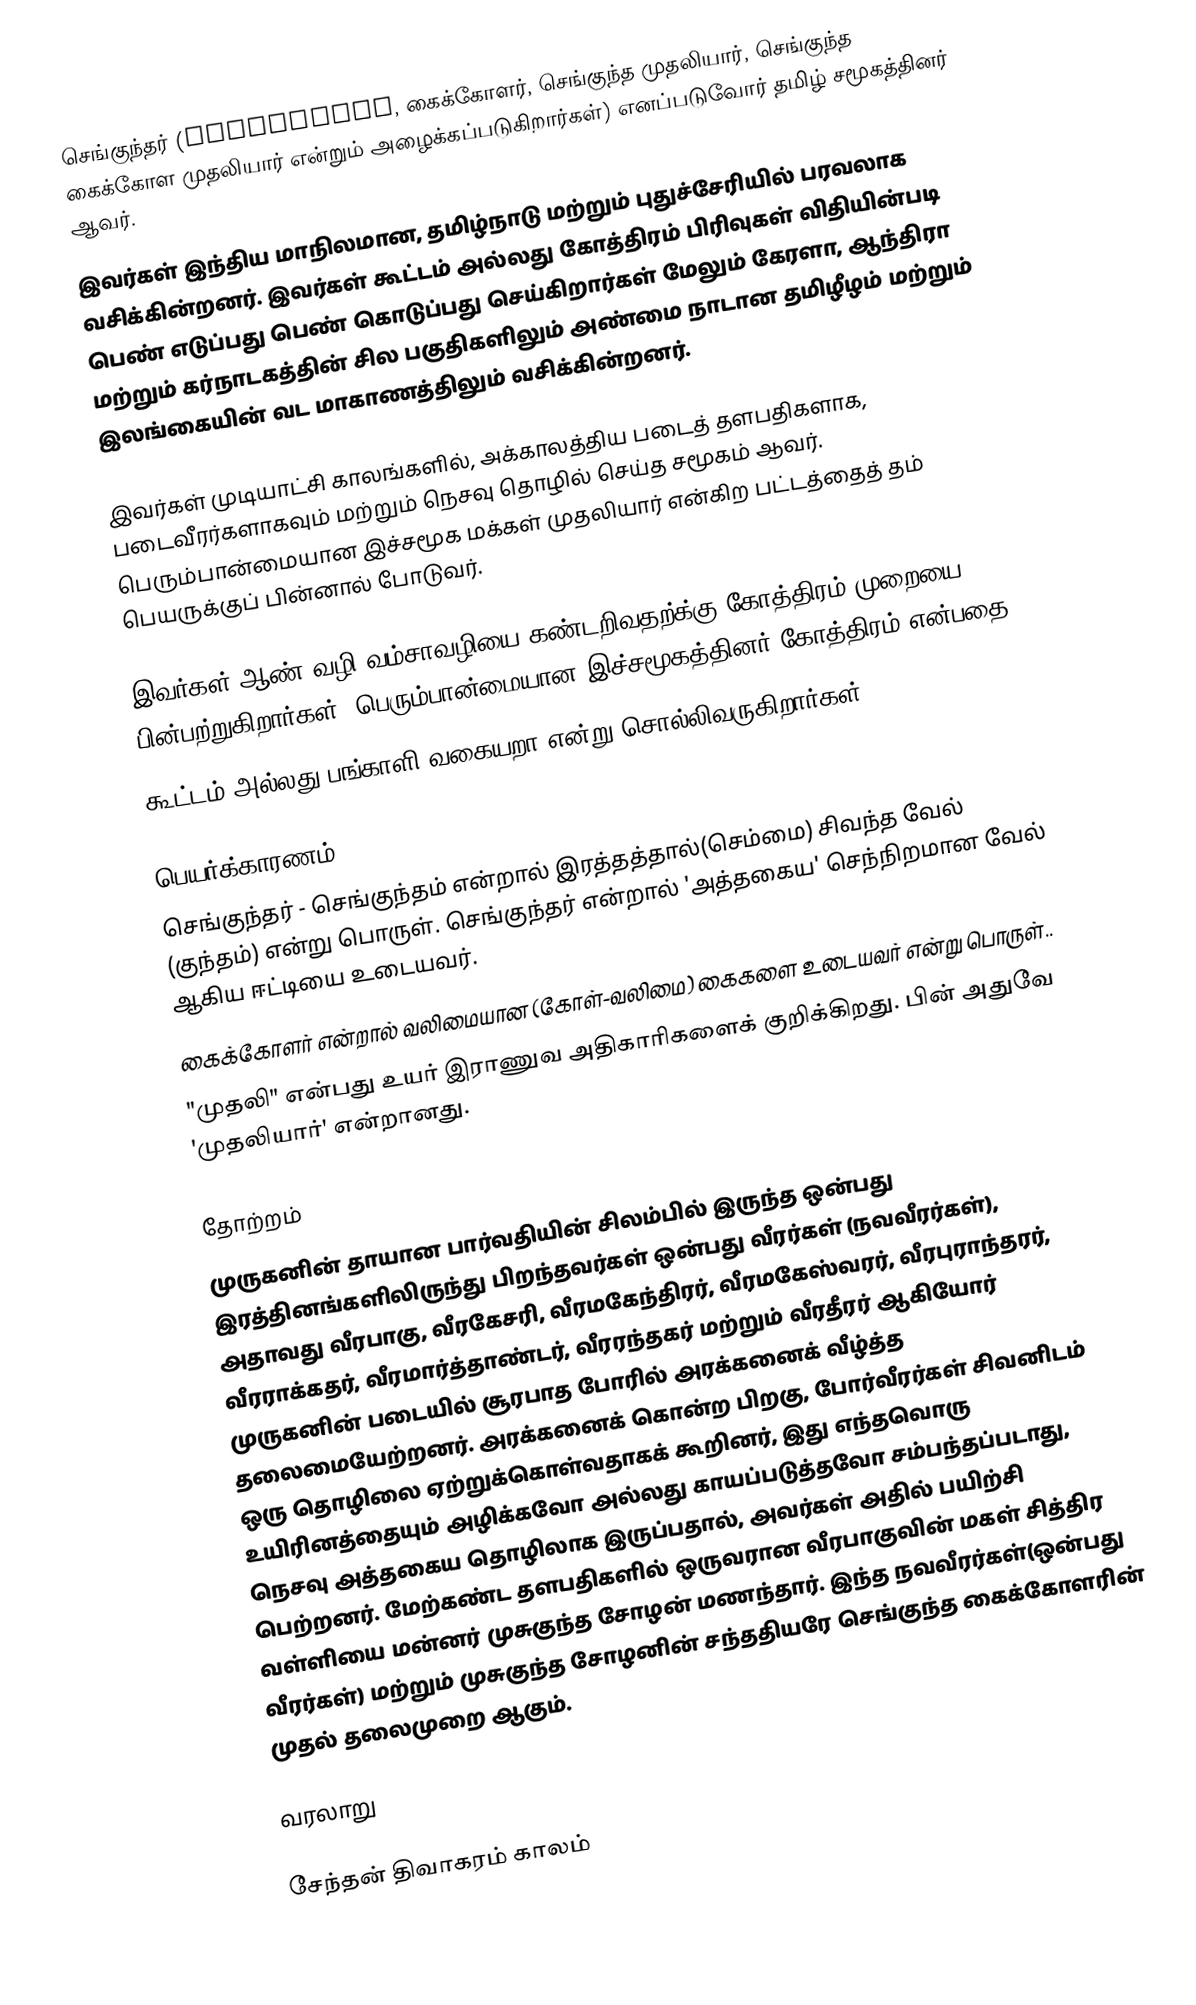
செங்குந்தர் (Sengunthar, கைக்கோளர், செங்குந்த முதலியார், செங்குந்த கைக்கோள முதலியார் என்றும் அழைக்கப்படுகிறார்கள்) எனப்படுவோர் தமிழ் சமூகத்தினர் ஆவர்.
இவர்கள் இந்திய மாநிலமான, தமிழ்நாடு மற்றும் புதுச்சேரியில் பரவலாக வசிக்கின்றனர். இவர்கள் கூட்டம் அல்லது கோத்திரம் பிரிவுகள் விதியின்படி பெண் எடுப்பது பெண் கொடுப்பது செய்கிறார்கள்  மேலும் கேரளா, ஆந்திரா மற்றும் கர்நாடகத்தின் சில பகுதிகளிலும் அண்மை நாடான தமிழீழம் மற்றும் இலங்கையின் வட மாகாணத்திலும் வசிக்கின்றனர்.

இவர்கள் முடியாட்சி காலங்களில்,  அக்காலத்திய படைத் தளபதிகளாக, படைவீரர்களாகவும் மற்றும் நெசவு தொழில் செய்த சமூகம் ஆவர். பெரும்பான்மையான இச்சமூக மக்கள் முதலியார் என்கிற பட்டத்தைத் தம் பெயருக்குப் பின்னால் போடுவர்.

இவர்கள் ஆண் வழி வம்சாவழியை கண்டறிவதற்க்கு கோத்திரம் முறையை பின்பற்றுகிறார்கள். பெரும்பான்மையான இச்சமூகத்தினர் கோத்திரம் என்பதை
கூட்டம் அல்லது பங்காளி வகையறா என்று சொல்லிவருகிறார்கள்.

பெயர்க்காரணம்
 செங்குந்தர் - செங்குந்தம் என்றால் இரத்தத்தால்(செம்மை) சிவந்த வேல் (குந்தம்) என்று பொருள். செங்குந்தர் என்றால்  'அத்தகைய' செந்நிறமான வேல் ஆகிய ஈட்டியை உடையவர்.
 கைக்கோளர்  என்றால்              வலிமையான (கோள்-வலிமை) கைகளை உடையவர் என்று பொருள்..
"முதலி" என்பது உயர் இராணுவ அதிகாரிகளைக் குறிக்கிறது. பின் அதுவே 'முதலியார்' என்றானது.

தோற்றம்
முருகனின் தாயான பார்வதியின் சிலம்பில் இருந்த ஒன்பது இரத்தினங்களிலிருந்து பிறந்தவர்கள் ஒன்பது வீரர்கள் (நவவீரர்கள்), அதாவது வீரபாகு,   வீரகேசரி, வீரமகேந்திரர், வீரமகேஸ்வரர், வீரபுராந்தரர், வீரராக்கதர், வீரமார்த்தாண்டர், வீரரந்தகர் மற்றும் வீரதீரர் ஆகியோர் முருகனின் படையில் சூரபாத போரில் அரக்கனைக் வீழ்த்த தலைமையேற்றனர். அரக்கனைக் கொன்ற பிறகு, போர்வீரர்கள் சிவனிடம் ஒரு தொழிலை ஏற்றுக்கொள்வதாகக் கூறினர், இது எந்தவொரு உயிரினத்தையும் அழிக்கவோ அல்லது காயப்படுத்தவோ சம்பந்தப்படாது, நெசவு அத்தகைய தொழிலாக இருப்பதால், அவர்கள் அதில் பயிற்சி பெற்றனர்.  மேற்கண்ட தளபதிகளில் ஒருவரான வீரபாகுவின் மகள் சித்திர  வள்ளியை மன்னர் முசுகுந்த சோழன் மணந்தார். இந்த நவவீரர்கள்(ஒன்பது வீரர்கள்) மற்றும் முசுகுந்த சோழனின் சந்ததியரே செங்குந்த கைக்கோளரின் முதல் தலைமுறை ஆகும்.

வரலாறு

சேந்தன் திவாகரம் காலம்